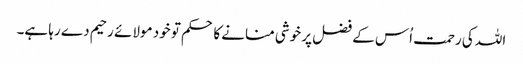
اللہ کی رحمت اُس کے فضل پر خوشی منانے کا حکم تو خود مولائے رحیم دے رہا ہے۔